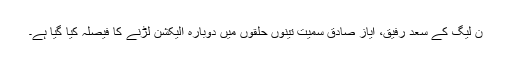
ن لیگ کے سعد رفیق، ایاز صادق سمیت تینوں حلقوں میں دوبارہ الیکشن لڑنے کا فیصلہ کیا گیا ہے۔